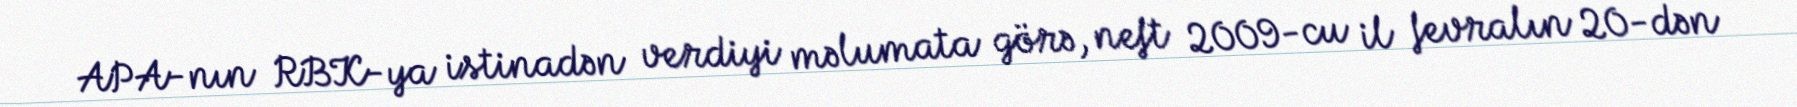
APA-nın RBK-ya istinadən verdiyi məlumata görə, neft 2009-cu il fevralın 20-dən